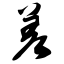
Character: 差